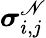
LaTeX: \boldsymbol{\sigma}_{i,j}^{\mathscr{N}}